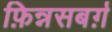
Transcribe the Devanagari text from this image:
फ़िन्नसबर्ग़